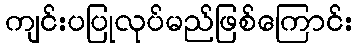
ကျင်းပပြုလုပ်မည်ဖြစ်ကြောင်း